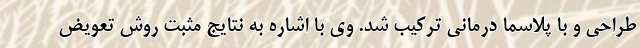
طراحی و با پلاسما درمانی ترکیب شد. وی با اشاره به نتایج مثبت روش تعویض